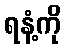
ရနံ့ကို